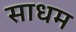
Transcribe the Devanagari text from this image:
साधम